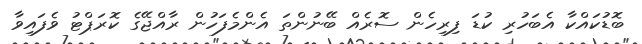
ބޮޑުކައްކާ އެބަހުރި ކުޑަ ފިރިހެން ސޮރެއް ބޭނުންތަ އެންމެފަހުން ރާއްޖޭގެ ކޮރަޕްޓު ވެފައިވާ